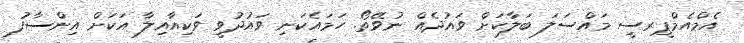
އެމްއެމްޕީރސީ މައްސަލަ ބަލާކަށް ވައުދެއް ނުވޭތޯ. ހަމައެކަނި ވައުދުވީ ވަކިއާއިލާ އަކަށް އިންސާފު